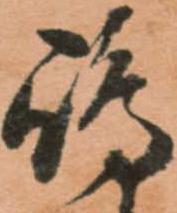
嶋